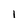
Character: l